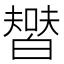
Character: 𤾞